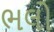
ભલો